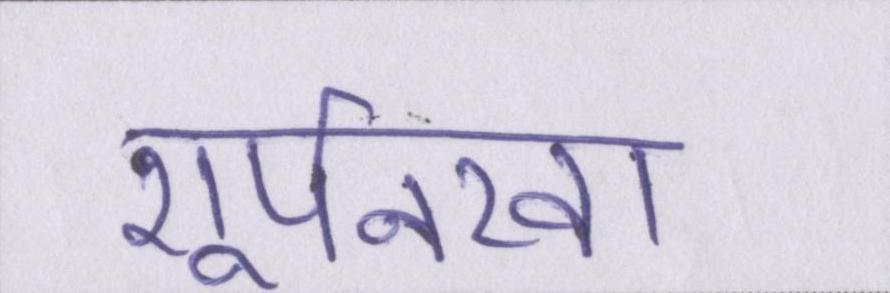
शूर्पनखा